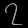
Digit: ၇